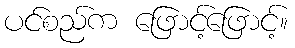
ပင်စည်က ဖြောင့်ဖြောင့်။